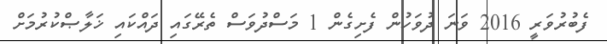
ފެބުރުވަރީ 2016 ވަނަ ދުވަހުން ފެށިގެން 1 މަސްދުވަސް ތެރޭގައި ދައްކައި ޚަލާޞްކުރުމަށް